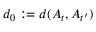
d _ { 0 } : = d ( A _ { t } , A _ { t ^ { \prime } } )